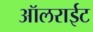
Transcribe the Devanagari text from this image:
ऑलराईट